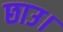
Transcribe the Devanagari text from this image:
छाउ।